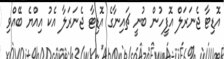
އޮޑިޓާ ޖެނަރަލް އޮފީހުން ބުނީ ޗައިނާގެ އޮޑިޓާ ޖެނަރަލާ އެކު އިއްޔެ ބޭއްވި